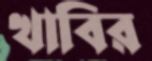
খাবির